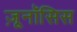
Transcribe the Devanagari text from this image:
ज़ूनॉसिस